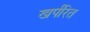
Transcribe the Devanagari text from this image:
खर्परित